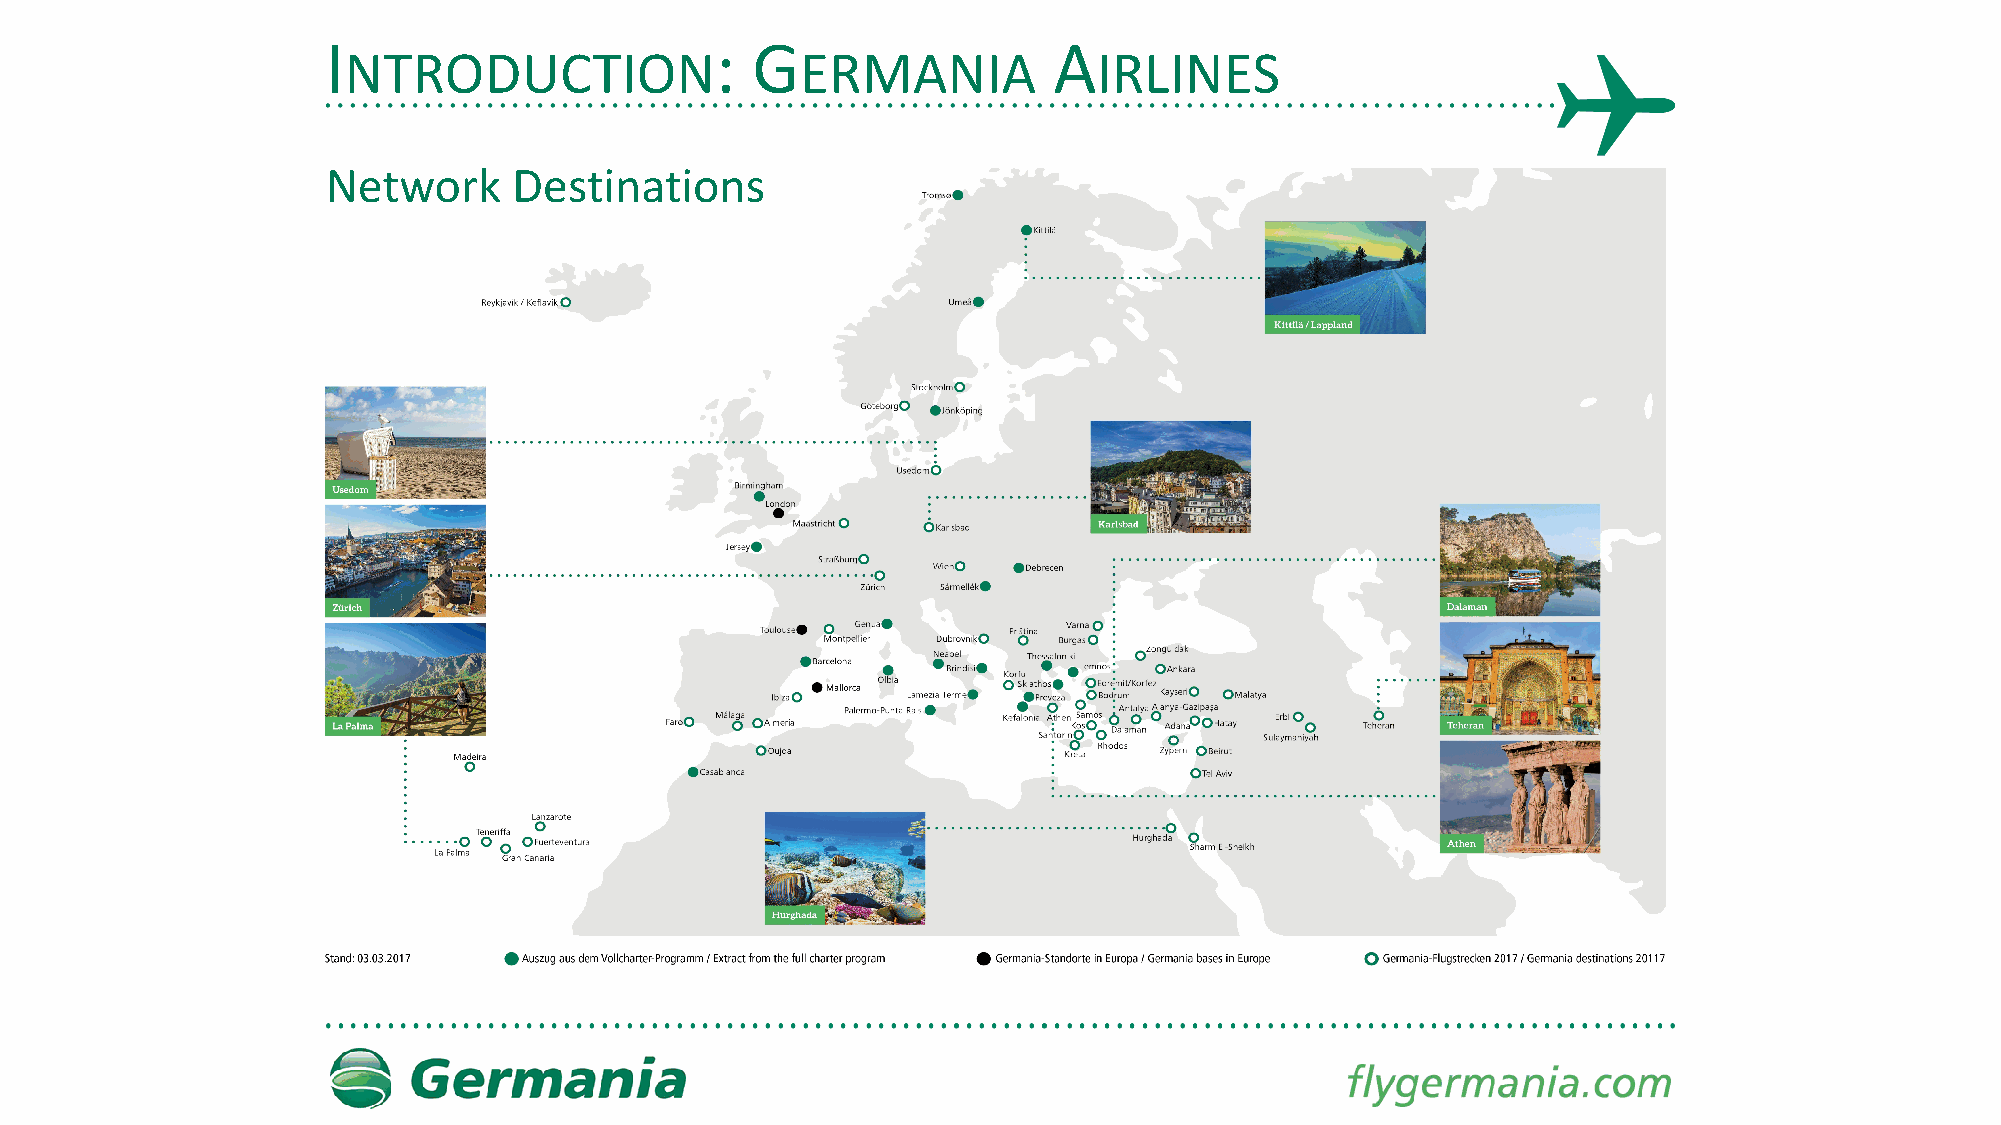
I                        :  G                   A
 NTRODUCTION                   ERMANIA             IRLINES
 Network     Destinations